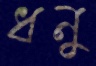
ধনু